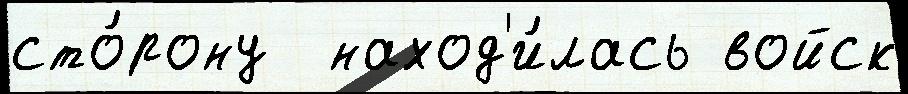
сто́рону  наход'и́лась войск